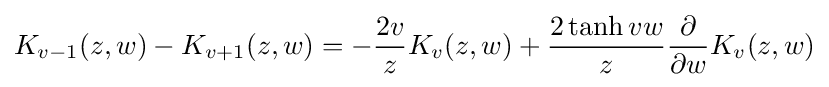
K_{v-1}(z,w)-K_{v+1}(z,w)=-{\dfrac {2v}{z}}K_{v}(z,w)+{\dfrac {2\tanh vw}{z}}{\dfrac {\partial }{\partial w}}K_{v}(z,w)